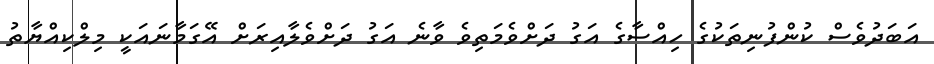
އަބަދުވެސް ކުންފުނިތަކުގެ ހިއްސާގެ އަގު ދަށްވެމަތިވެ ވާނެ އަގު ދަށްވެލާއިރަށް އޭގަމާނައަކީ މިލްކިއްޔާތު